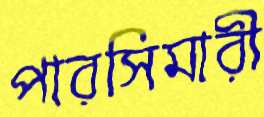
পারসিমারী